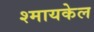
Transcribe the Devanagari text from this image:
श्मायकेल